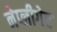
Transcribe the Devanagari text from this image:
नेप्लीगेट